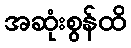
အဆုံးစွန်ထိ